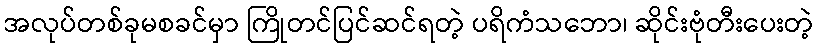
အလုပ်တစ်ခုမစခင်မှာ ကြိုတင်ပြင်ဆင်ရတဲ့ ပရိကံသဘော၊ ဆိုင်းဗုံတီးပေးတဲ့